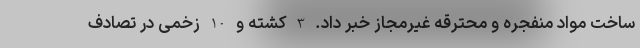
ساخت مواد منفجره و محترقه غیرمجاز خبر داد. 3 کشته و 10 زخمی در تصادف